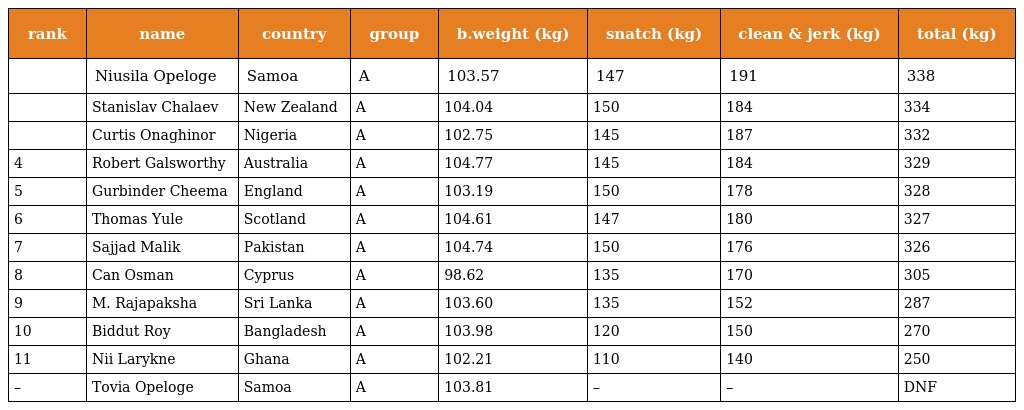
| rank | name | country | group | b.weight (kg) | snatch (kg) | clean & jerk (kg) | total (kg) |
 | --- | --- | --- | --- | --- | --- | --- | --- |
 |  | Niusila Opeloge | Samoa | A | 103.57 | 147 | 191 | 338 |
 |  | Stanislav Chalaev | New Zealand | A | 104.04 | 150 | 184 | 334 |
 |  | Curtis Onaghinor | Nigeria | A | 102.75 | 145 | 187 | 332 |
 | 4 | Robert Galsworthy | Australia | A | 104.77 | 145 | 184 | 329 |
 | 5 | Gurbinder Cheema | England | A | 103.19 | 150 | 178 | 328 |
 | 6 | Thomas Yule | Scotland | A | 104.61 | 147 | 180 | 327 |
 | 7 | Sajjad Malik | Pakistan | A | 104.74 | 150 | 176 | 326 |
 | 8 | Can Osman | Cyprus | A | 98.62 | 135 | 170 | 305 |
 | 9 | M. Rajapaksha | Sri Lanka | A | 103.60 | 135 | 152 | 287 |
 | 10 | Biddut Roy | Bangladesh | A | 103.98 | 120 | 150 | 270 |
 | 11 | Nii Larykne | Ghana | A | 102.21 | 110 | 140 | 250 |
 | – | Tovia Opeloge | Samoa | A | 103.81 | – | – | DNF |